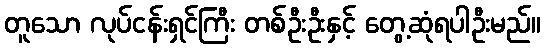
တူသော လုပ်ငန်းရှင်ကြီး တစ်ဦးဦးနှင့် တွေ့ဆုံရပါဦးမည်။